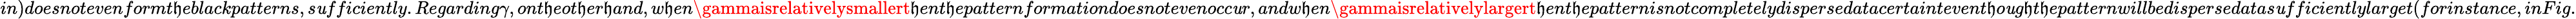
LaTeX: in)doesnotevenformt\mathfrak{h}eblackpatterns,s\mathit{u}fficiently.Regarding\gamma,ont\mathfrak{h}eot\mathfrak{h}er\mathfrak{h}and,w\mathfrak{h}en\gammaisrelativelysmallert\mathfrak{h}ent\mathfrak{h}epatternformationdoesnotevenocc\mathit{u}r,andw\mathfrak{h}en\gammaisrelativelylargert\mathfrak{h}ent\mathfrak{h}epatternisnotcompletelydispersedatacertaintevent\mathfrak{h}o\mathit{u}g\mathfrak{h}t\mathfrak{h}epatternwillbedispersedatas\mathit{u}fficientlylarget(forinstance,inFig.